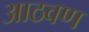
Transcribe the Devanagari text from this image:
अाठवण